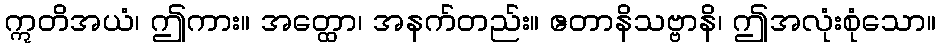
ဣတိအယံ၊ ဤကား။ အတ္ထော၊ အနက်တည်း။ ဧတာနိသဗ္ဗာနိ၊ ဤအလုံးစုံသော။